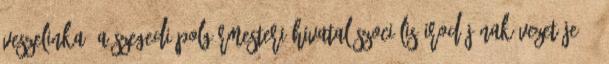
Veszelinka, a szegedi polgármesteri hivatal szociális irodájának vezetője. –